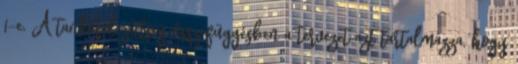
1-e. A tankötelezettség összefüggésben a tervezet azt tartalmazza, hogy